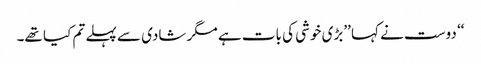
‘‘ دوست نے کہا ’’بڑی خوشی کی بات ہے مگر شادی سے پہلے تم کیا تھے۔